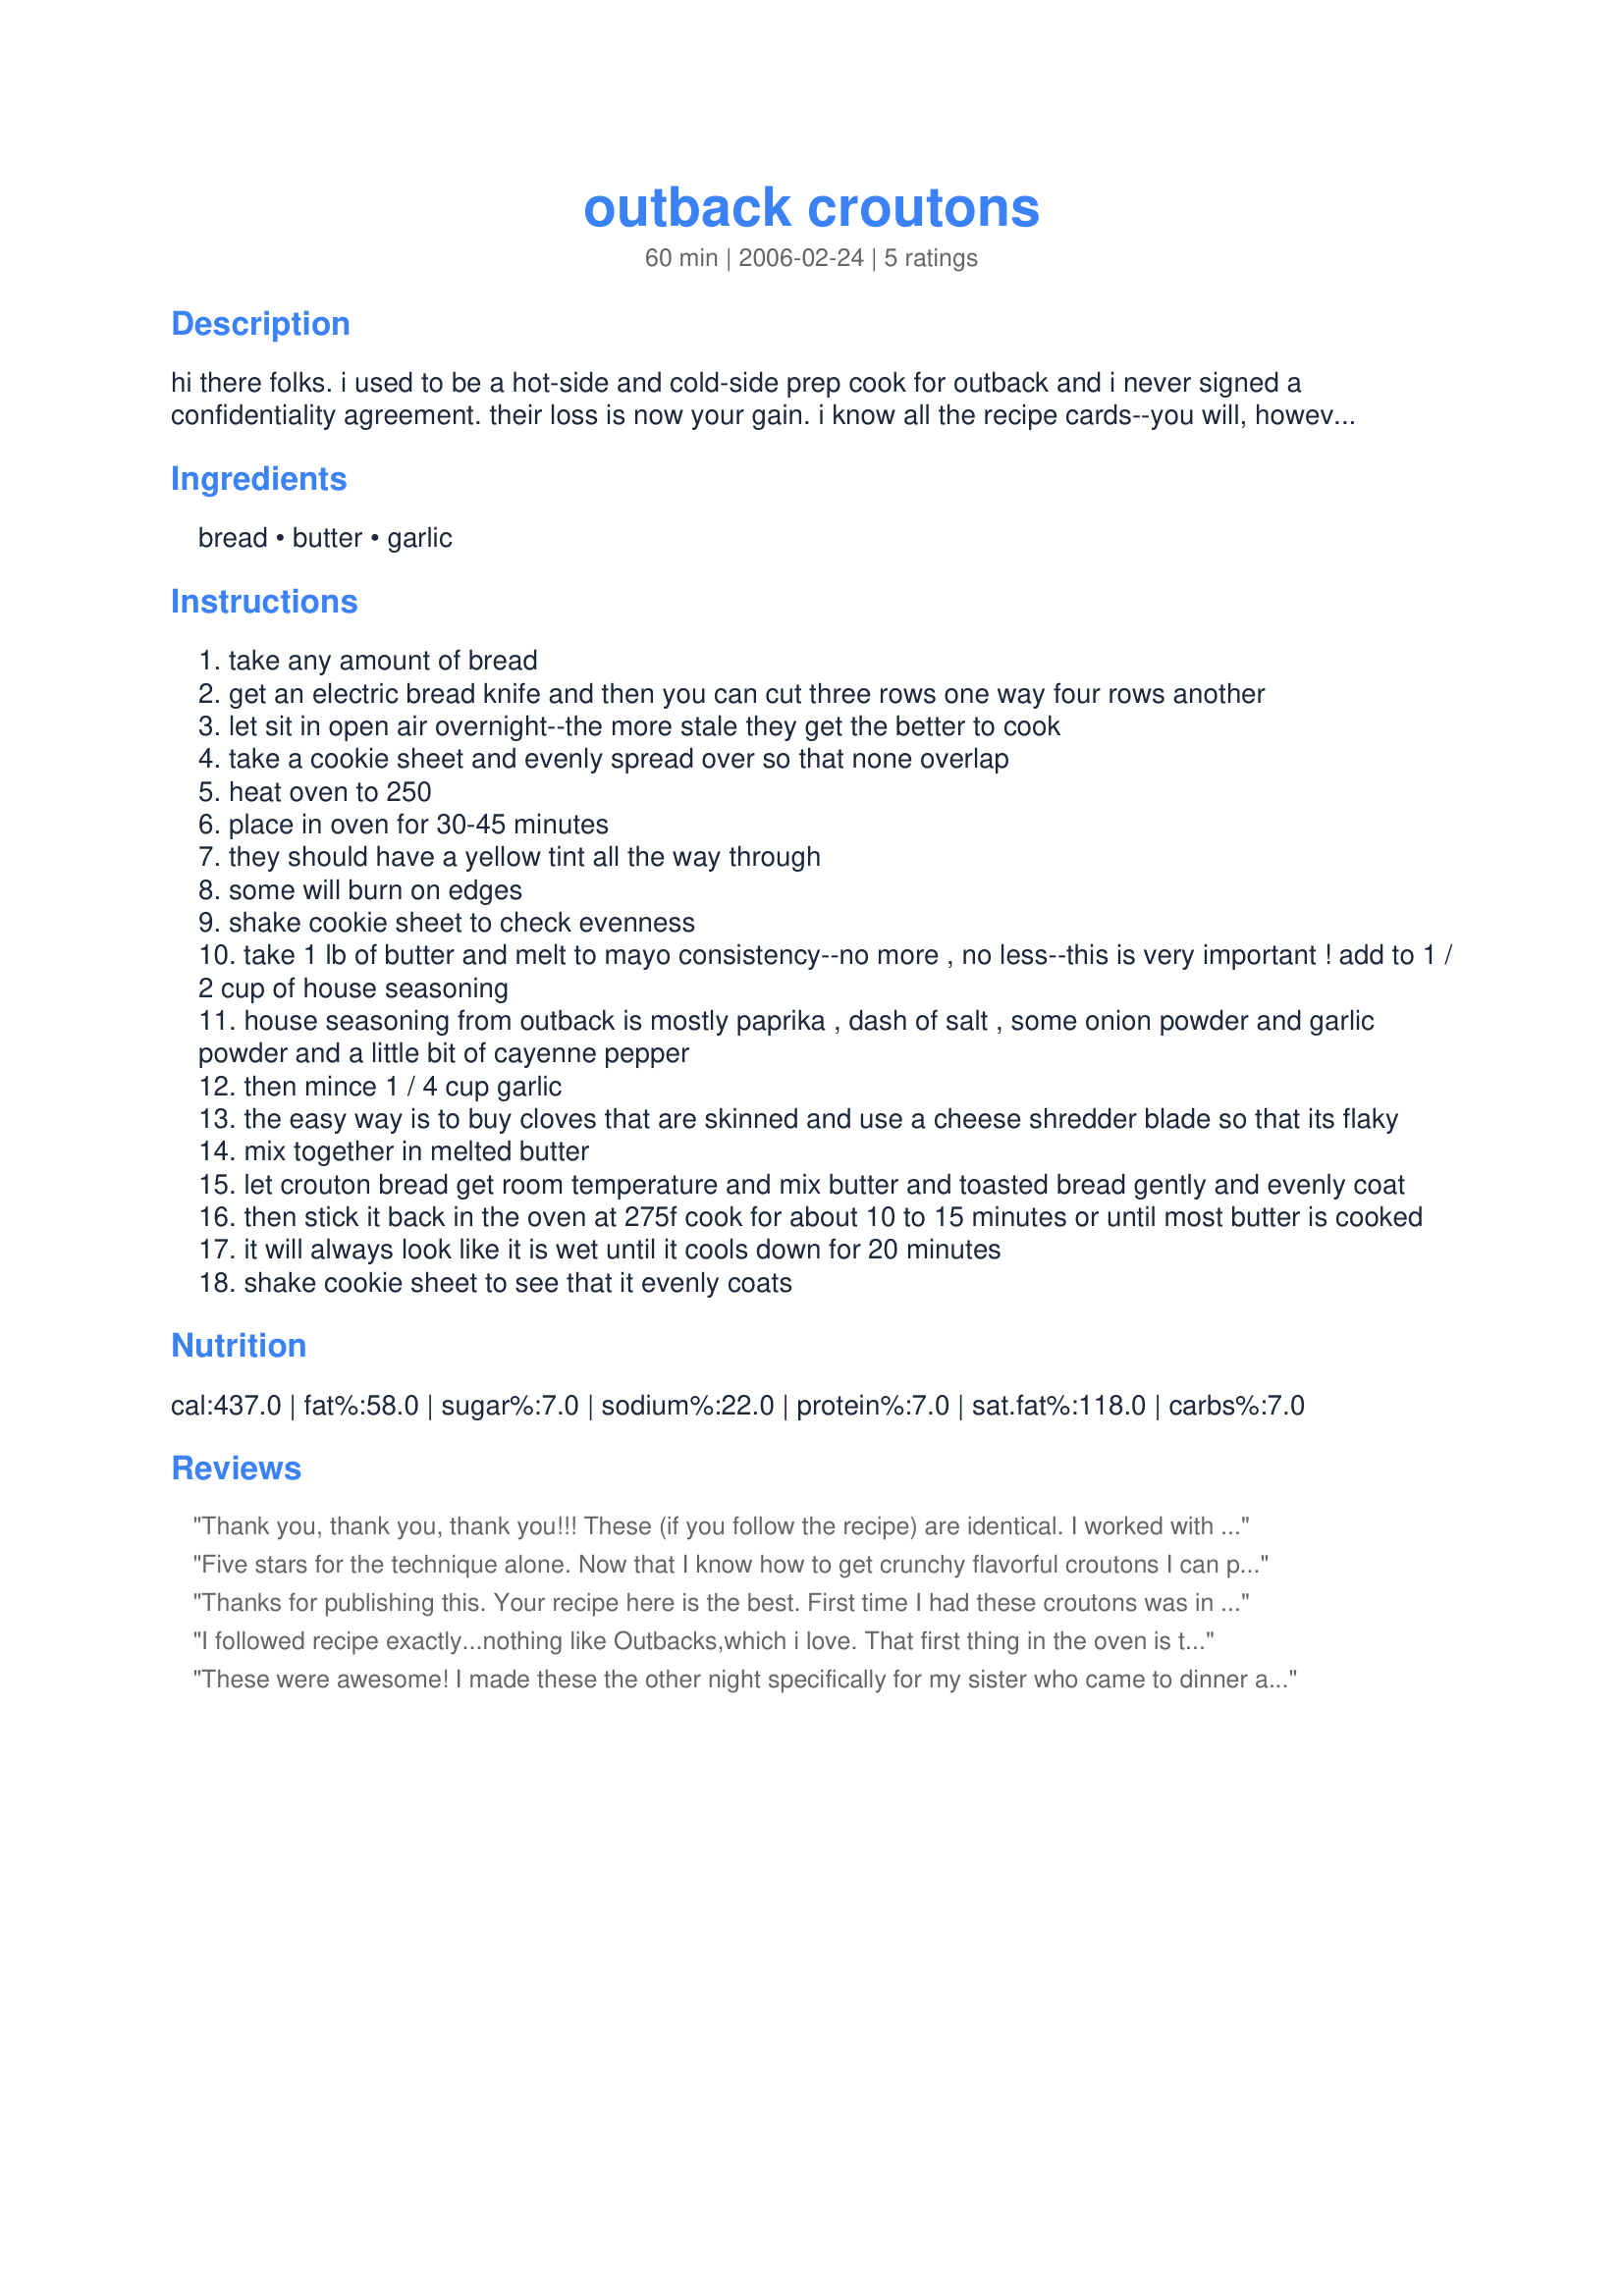
outback croutons
Preparation time: 60 minutes

hi there folks. i used to be a hot-side and cold-side prep cook for outback and i never signed a confidentiality agreement. their loss is now your gain. i know all the recipe cards--you will, however, have to break some of them down. i will be making random posts revealing all the tricks. let me know how you feel about it

Ingredients:
bread, butter, garlic

Steps:
take any amount of bread
get an electric bread knife and then you can cut three rows one way four rows another
let sit in open air overnight--the more stale they get the better to cook
take a cookie sheet and evenly spread over so that none overlap
heat oven to 250
place in oven for 30-45 minutes
they should have a yellow tint all the way through
some will burn on edges
shake cookie sheet to check evenness
take 1 lb of butter and melt to mayo consistency--no more , no less--this is very important ! add to 1 / 2 cup of house seasoning
house seasoning from outback is mostly paprika , dash of salt , some onion powder and garlic powder and a little bit of cayenne pepper
then mince 1 / 4 cup garlic
the easy way is to buy cloves that are skinned and use a cheese shredder blade so that its flaky
mix together in melted butter
let crouton bread get room temperature and mix butter and toasted bread gently and evenly coat
then stick it back in the oven at 275f cook for about 10 to 15 minutes or until most butter is cooked
it will always look like it is wet until it cools down for 20 minutes
shake cookie sheet to see that it evenly coats

Reviews:
Thank you, thank you, thank you!!! These (if you follow the recipe) are identical. I worked with a guy that used to be km at outback and all he would tell me was you just cook them in lots of butter. Though true, much was lacking from his instructions. I&#039;ve made these three times already. And, if you wish you can make them and store them in ziplock bags. Do not refrigerate, they will get soggy. If you make these make extra, people start snacking on them as they are addicting. I would like to say to &quot;chefyeahright&quot; your review is disrespectful. You say you follow the recipe to the letter and then say you tweaked it and made them a second time letting them get stale first. His very first instruction tells you to leave them out overnight, the staler the better. You should remove your review or change your star rating as you did not follow instruction.&lt;br/&gt;Thanks again cold prep guy! My two favorites from outback are the croutons and the ranch dressing. I&#039;m headed out now to buy buttermilk. I&#039;ll be sure to rate your dressing as well, but reading it I can tell it won&#039;t disappoint like most of the copycat recipes for outback ranch.
Five stars for the technique alone. Now that I know how to get crunchy flavorful croutons I can play with oil/butter seasonings to meet my families likes and dislikes. I followed the recipe, only halved it as I had a stale asiago cheese demi-loaf to use up. My spice mix was half paprika and then the other half was equal parts of the rest. Croutons really don't look done in the end but I went along with it and I am quite pleased with the results. We eat garden salads just about every night and often times for lunch as well. We like croutons. I can't see why I would ever throw out old bread again. Thanks for skipping the confidentiality agreement and posting this.
Thanks for publishing this. Your recipe here is the best. First time I had these croutons was in a little restaurant in the Ozarks years ago. Then I went to Outback and they had the same ones. Now can you give us the Ceasar Salad Dressing Recipe please? Thanks Again and I hope you are in a great job somewhere cooking.
I followed recipe exactly...nothing like Outbacks,which i love. That first thing in the oven is too much. It leaves the final recipe croutons as hard as store bought. I did tweak it a second time and let the bread get stale at room temp and it worked good.
These were awesome! I made these the other night specifically for my sister who came to dinner and loves fresh croutons. I had made a fresh baguette the night before and cut it up and let it dry out overnight. Followed the recipe exactly, except I didn't have onion powder so I used onion salt and omitted regular salt. I used 1/4 c. paprika and made combo 1/4 c. of the rest. Everyone raved about them, especially my sister. She took the rest of them home with her. She kept asking for the recipe, but since she'd probably freak out about the amount of butter, I'm going to see if I can modify them by substituting olive oil before I do. But personally I wouldn't change a thing. Thanx so much Ryseone for the recipe. Keep 'em coming!
